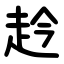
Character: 赺